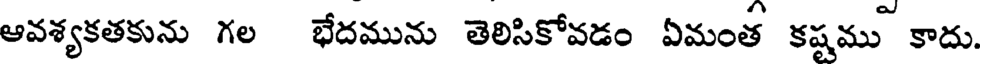
ఆవశ్యకతకును గల భేదమును తెలిసికోవడం ఏమంత కష్టము కాదు.